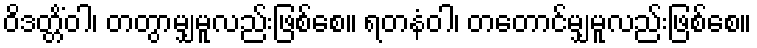
ဝိဒတ္တိံဝါ၊ တတွာမျှမူလည်းဖြစ်စေ။ ရတနံဝါ၊ တတောင်မျှမူလည်းဖြစ်စေ။